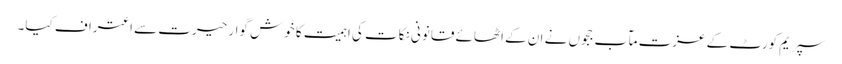
سپریم کورٹ کے عزت مآب ججوں نے ان کے اٹھائے قانونی نکات کی اہمیت کا خوش گوار حیرت سے اعتراف کیا۔